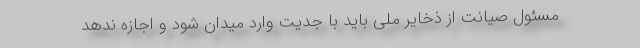
مسئول صیانت از ذخایر ملی باید با جدیت وارد میدان شود و اجازه ندهد